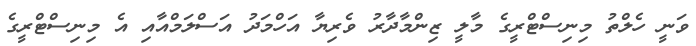
ވަނީ ހެލްތު މިނިސްޓްރީގެ މާލީ ޒިންމާދާރު ވެރިޔާ އަހްމަދު އަސްލަމްއާއި އެ މިނިސްޓްރީގެ